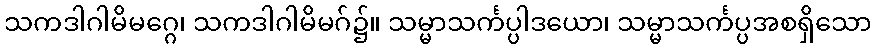
သကဒါဂါမိမဂ္ဂေ၊ သကဒါဂါမိမဂ်၌။ သမ္မာသင်္ကပ္ပါဒယော၊ သမ္မာသင်္ကပ္ပအစရှိသော